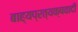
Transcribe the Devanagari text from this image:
बाह्यप्रत्यक्षवादी